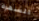
السهرة